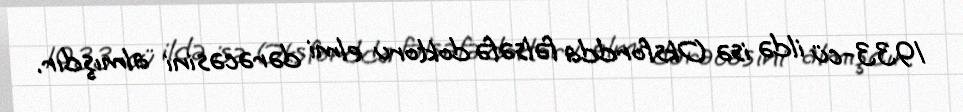
1933-cü ildə isə Oksfordda fəlsəfə doktoru elmi dərəcəsini almışdır.